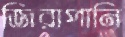
জিরাপানি